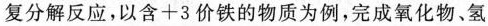
复分解反应，以含+3价铁的物质为例，完成氧化物、氢